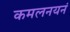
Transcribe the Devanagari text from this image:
कमलनयनं